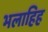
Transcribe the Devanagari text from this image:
भलाहिह